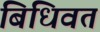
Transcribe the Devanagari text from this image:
बिधिवत